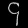
Digit: ၄